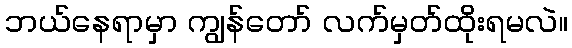
ဘယ်နေရာမှာ ကျွန်တော် လက်မှတ်ထိုးရမလဲ။